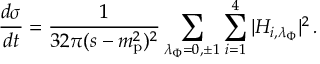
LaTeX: \frac { d \sigma } { d t } = \frac { 1 } { 3 2 \pi ( s - m _ { \mathrm { p } } ^ { 2 } ) ^ { 2 } } \sum _ { \lambda _ { \Phi } = 0 , \pm 1 } \sum _ { i = 1 } ^ { 4 } \vert H _ { i , \lambda _ { \Phi } } \vert ^ { 2 } \, .